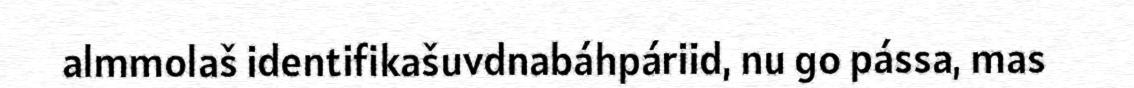
almmolaš identifikašuvdnabáhpáriid, nu go pássa, mas